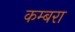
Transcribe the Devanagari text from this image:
कम्बरा